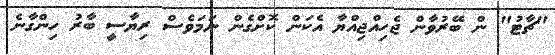
"ޗާޓު" ން ބޭރުވާން ޖެހިއްޖިއްޔާ އެކަން ކޮށްގެން ނަމަވެސް ރިޔާސީ ބާރު ހިންގާނެ